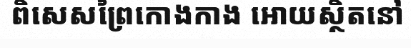
ពិសេសព្រៃកោងកាង អោយស្ថិតនៅ